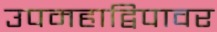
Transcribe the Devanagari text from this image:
उपमहाद्विपावर